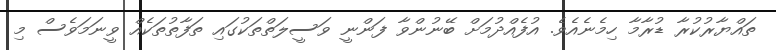
ތައްޔާރުކުރާ ޑުރާމާ ހިމެނެއެވެ. އުފެއްދުމަށް ބޭނުންވާ ފަންނީ ވަސީލަތްތަކުގައި ތަފާތުތަކެއް ވީނަމަވެސް މި